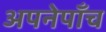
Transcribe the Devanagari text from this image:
अपनेपाँच